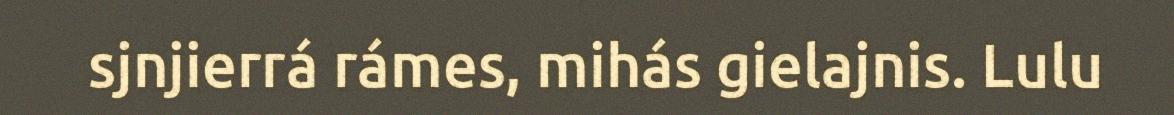
sjnjierrá rámes, mihás gielajnis. Lulu